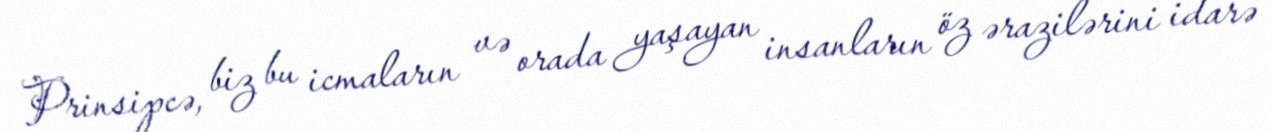
Prinsipcə, biz bu icmaların və orada yaşayan insanların öz ərazilərini idarə